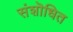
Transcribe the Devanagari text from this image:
संशॊधित